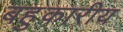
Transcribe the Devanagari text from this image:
बहुकारीय